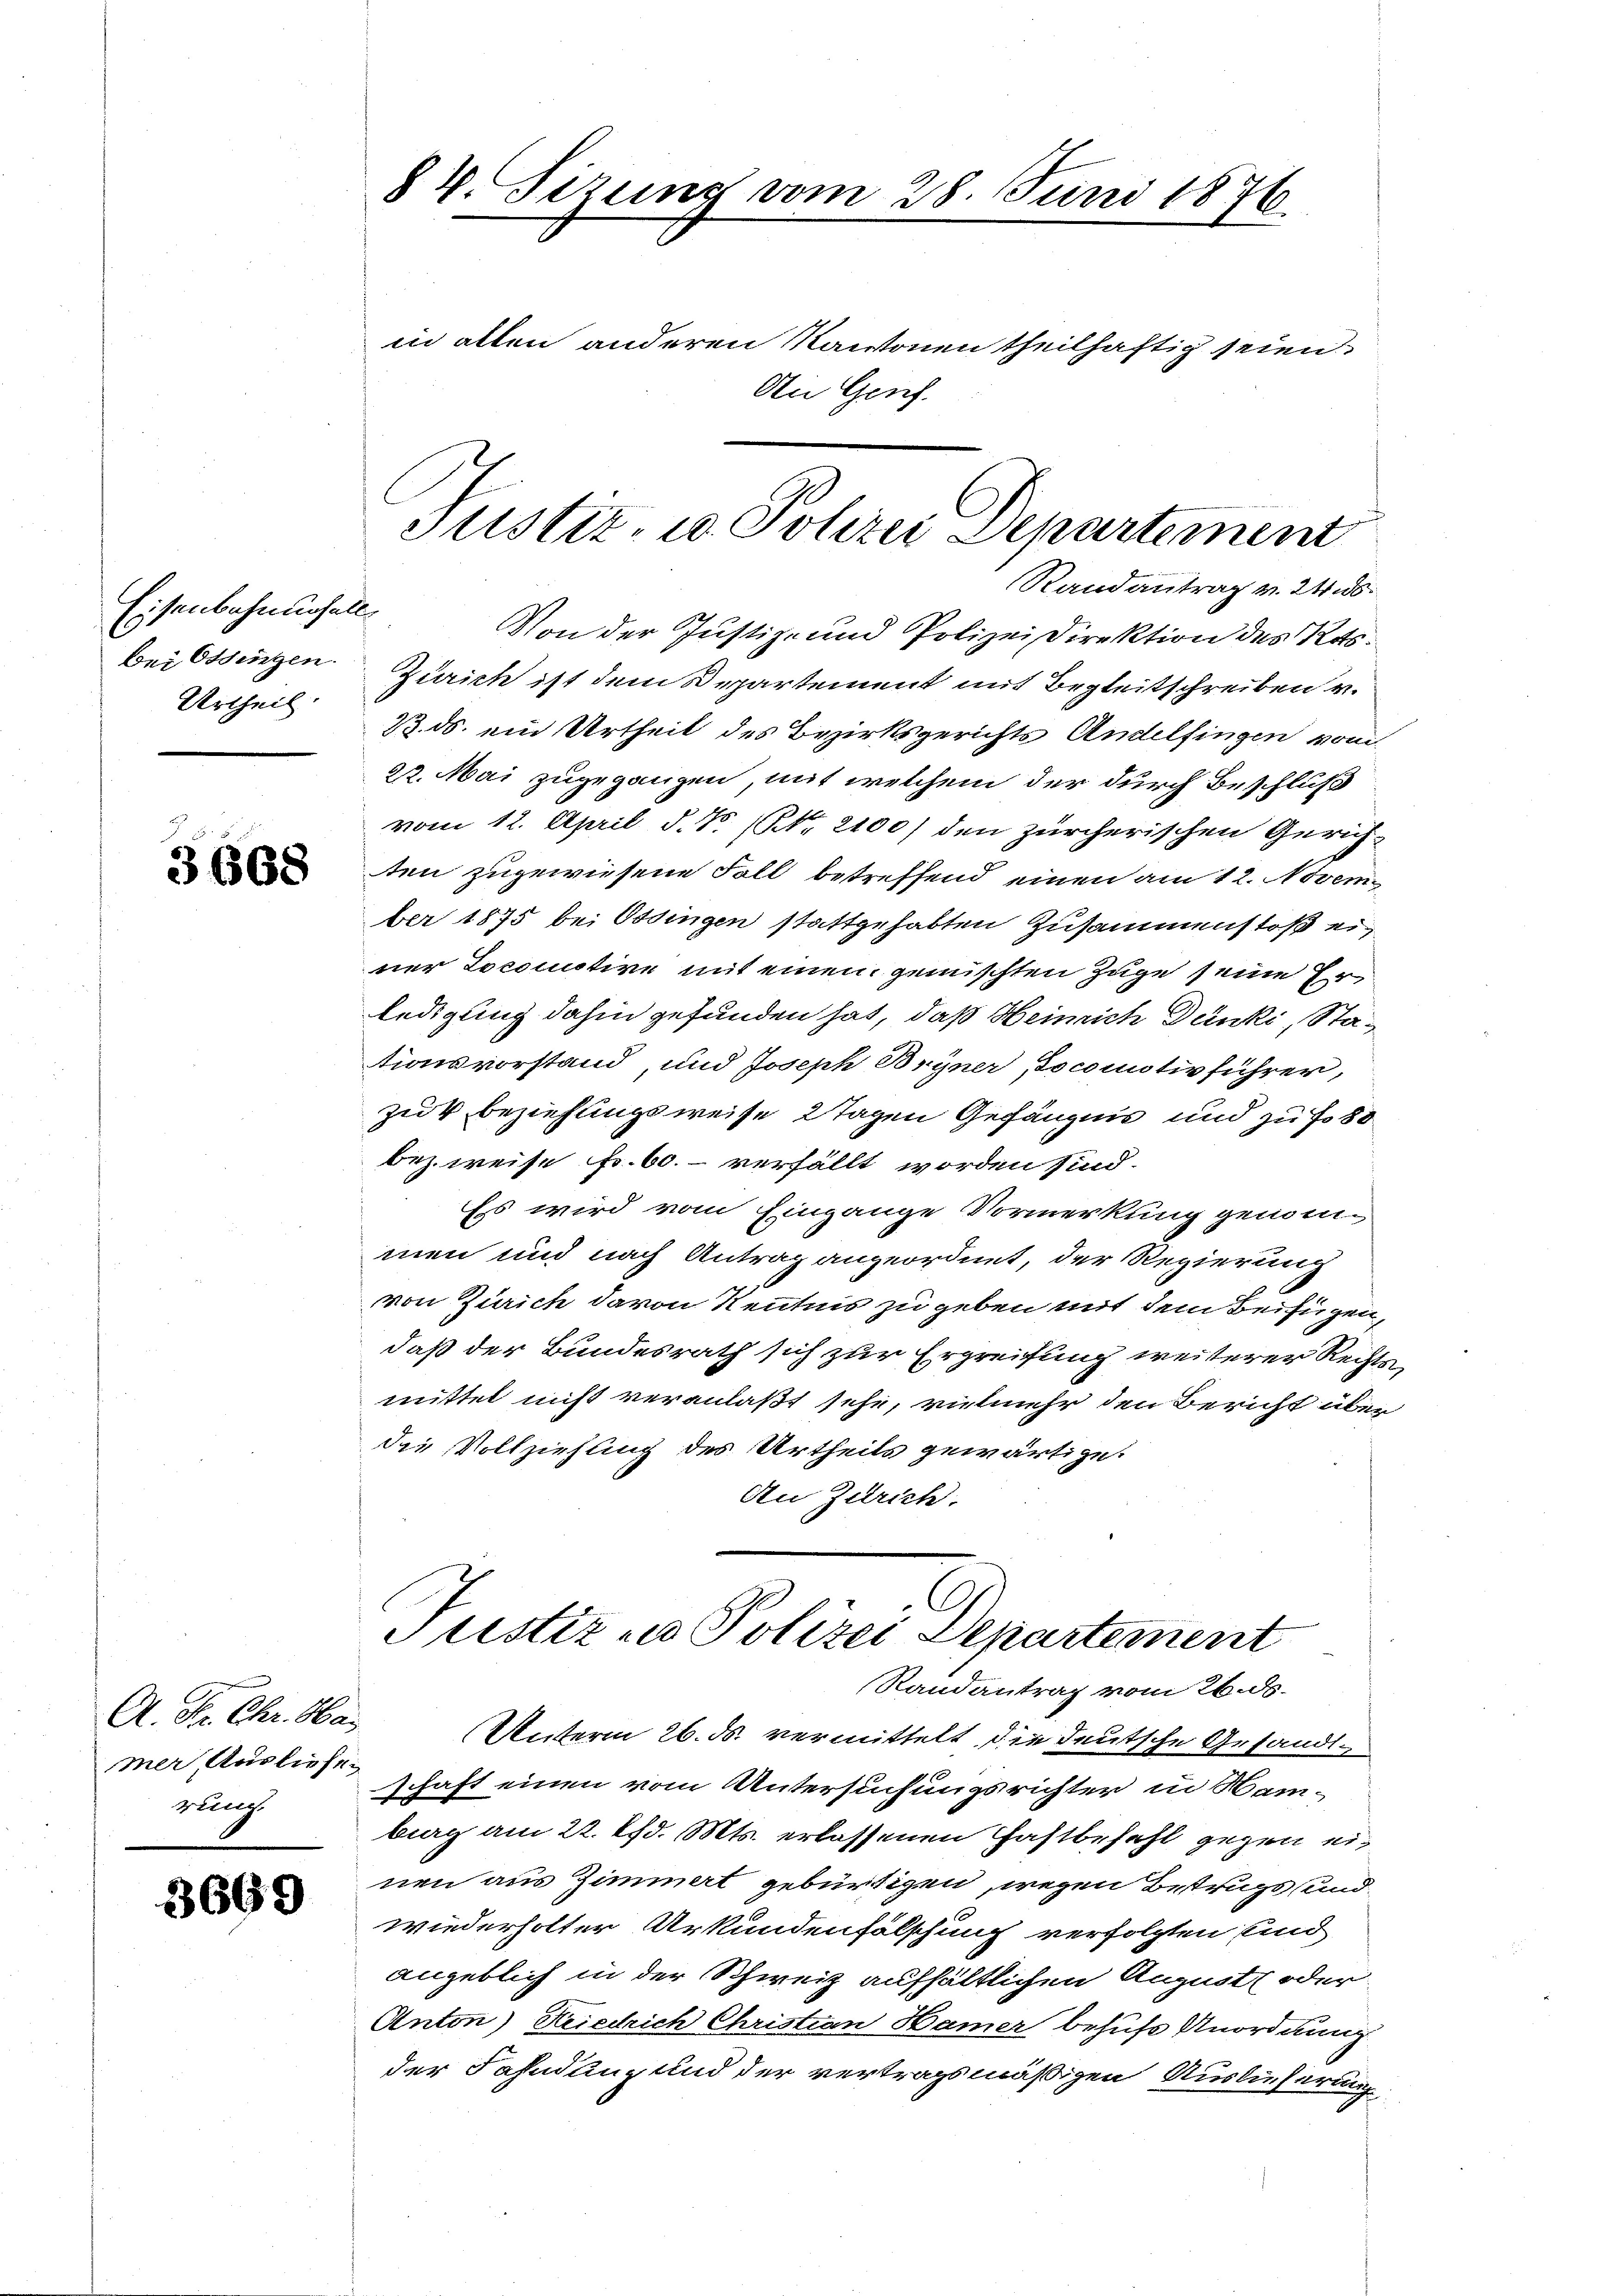
Eisenbahnungell
Bei Ossingen.
Urtheil.

3668

A. Dr. Chr. Ha
mer, Ausliefe.
rung.

3669

84. Sizung vom 28. Juni 1876.
in allen anderen Kantonen theilhaftig seien.
An Genf.

Justiz, u. Pohrer Departement

Randantrag v. 24. ds.
Von der Justiz- und Polizei Direktion des Res.
Zürich ist dem Departement mit Begleitschreiben v.
1. ds. ein Urtheil des Bezirksgerichts Andelfingen vom
22. Mai zugegangen, mit welchem der durch Beschluß
vom 12. April d. M. (NNo. 2100) den zürcherischen Gerichten zugewiesene Fall betreffend einen am 12. Novem
ber 1875 bei Ossingen stattgehabten Zusammenstoß einer Locomotive mit einen gemischten Zuge seine Er
ledigung dahin gefunden hat, daß Heinrich Dünki, Stationsvorstand und Joseph Bryner „Jocomotiv führer,
zur Beziehungsweise Tagen Gefängnis und zu fo 88
bez. weise Fr. 60. verfällt worden sind.
Es wird vom Eingange Vormerkung genommen und nach Antrag angeordnet, der Regierung
von Zürich davon Kenntnis zu geben mit dem Beifügen,
daß der Bundesrath sich zur Ergreifung weiterer Recht
mittel nicht veranlaßt sehe, vielmehr den Bericht über
die Vollziehung des Urtheils gewärtige.
An Zürich.
G
Sistiz in Polizei Departement
Randantrag vom 26. ds.
Unterm 26. ds. vermittelt die deutsche Gesandtschaft einen vom Untersuchungsrichter in Hamberg am 22. d. Mts. erlassenen Hastbefahl gegen einen aus Zimmert gebürtigen, wegen Betrugs und
wiederholter Urkundenfälschung verfolgten sind
angeblich in der Schweiz aufhältlichen August oder
Anton) Friedrich Christian Hamer behufs Anordnung
der Fahndung und der vertragsmäßigen Auslieferung